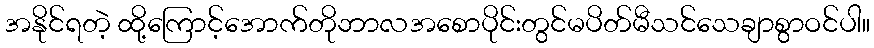
အနိုင်ရတဲ့ ထို့ကြောင့်အောက်တိုဘာလအစောပိုင်းတွင်မပိတ်မီသင်သေချာစွာဝင်ပါ။